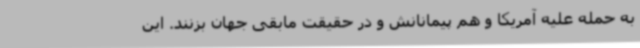
به حمله علیه آمریکا و هم پیمانانش و در حقیقت مابقی جهان بزنند. این